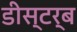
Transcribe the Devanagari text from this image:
डीस्टर्ब